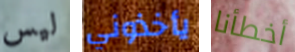
ليس يأخذوني أخطأنا